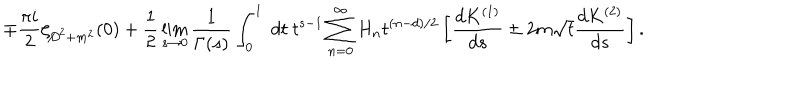
\mp \frac { \pi i } { 2 } \zeta _ { { D \! \! \! \! / } ^ { ~ 2 } + m ^ { 2 } } ( 0 ) + \frac { 1 } { 2 } \lim _ { s \to 0 } \frac { 1 } { \Gamma ( s ) } \int _ { 0 } ^ { 1 } ~ d t ~ t ^ { s - 1 } \sum _ { n = 0 } ^ { \infty } H _ { n } t ^ { { ( n - d ) } / { 2 } } \left[ \frac { d K ^ { ( 1 ) } } { d s } \pm 2 m \sqrt { t } \frac { d K ^ { ( 2 ) } } { d s } \right] .